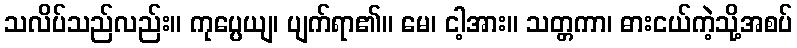
သလိပ်သည်လည်း။ ကုပ္ပေယျ၊ ပျက်ရာ၏။ မေ၊ ငါ့အား။ သတ္တကာ၊ ဓားငယ်ကဲ့သို့အစပ်